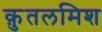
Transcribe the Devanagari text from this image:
क़ुतलमिश